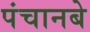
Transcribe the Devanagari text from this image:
पंचानबे